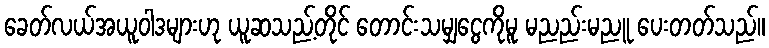
ခေတ်လယ်အယူဝါဒများဟု ယူဆသည့်တိုင် တောင်းသမျှငွေကိုမူ မညည်းမညူ ပေးတတ်သည်။